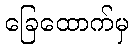
ခြေထောက်မှ